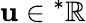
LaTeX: \mathbf{u}\in{}^{\ast}\mathbb{{R}}